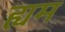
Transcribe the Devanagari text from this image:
ह्यम